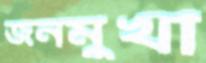
জনমুখী